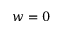
w = 0